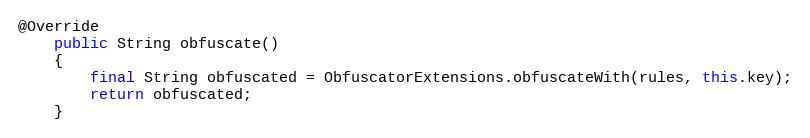
Language: Java
@Override
	public String obfuscate()
	{
		final String obfuscated = ObfuscatorExtensions.obfuscateWith(rules, this.key);
		return obfuscated;
	}